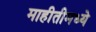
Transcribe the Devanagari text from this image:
माहीतीमध्ये